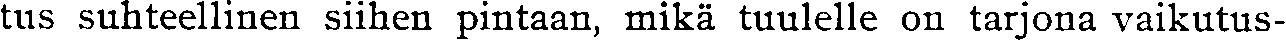
tus suhteellinen siihen pintaan, mikä tuulelle on tarjona vaikutus-